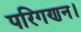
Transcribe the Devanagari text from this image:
परिगणन।